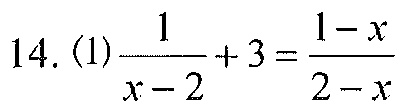
14. (1)\(\frac{1}{x - 2}+3=\frac{1 - x}{2 - x}\)